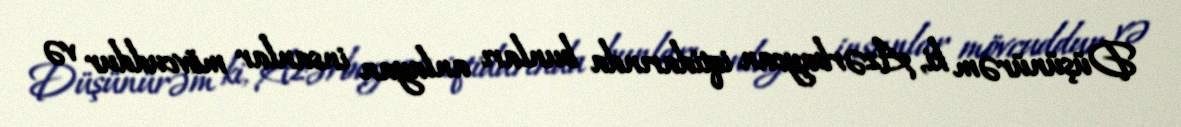
Düşünürəm ki, Azərbaycan iqtidarında bunları anlayan insanlar mövcuddur və